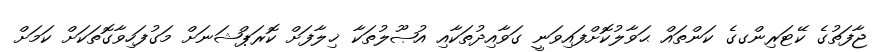
ޖާފަތުގެ ކޭޓަރިންގގެ ކަންތައް ޙަވާލުކޮށްފައިވަނީ ގަވާއިދުތަކާއި އުޞޫލުތަކާ ޚިލާފަށް ކޮރަޕްޝަނަށް މަގުފަހިވާގޮތަކަށް ކަމަށް